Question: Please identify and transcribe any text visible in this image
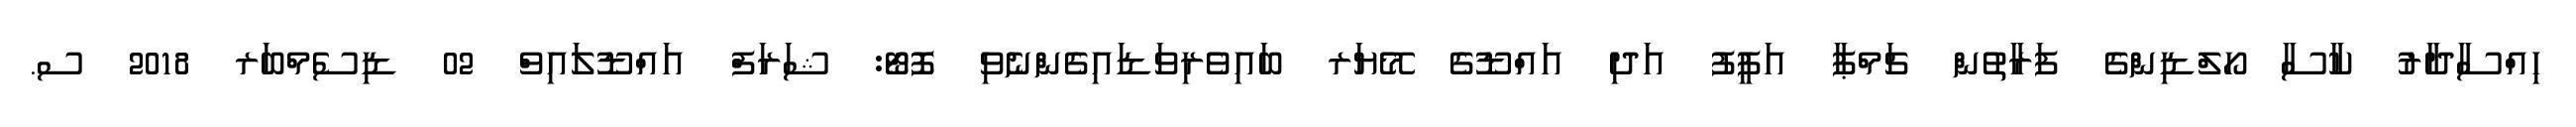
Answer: ހިއްސާދާރު ކާސާ ހޯލްޑިންގެ ފަރާތުން ޗަމްޕާ އަފީފު އަދި އައްޑޫގެ މޭޔަރ ބައިވެރިވަޑައިގެންނެވި ފޮޓޯ: ޝަރަފް އައްޑޫލައިވް 02 ޑިސެމްބަރ 2018 ސ.